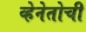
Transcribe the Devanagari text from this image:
व्हेनेतोची